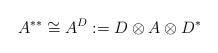
LaTeX: \begin{align*} A^{**} \cong A^D := D \otimes A \otimes D^*\end{align*}